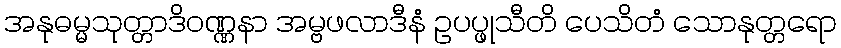
အနုဓမ္မသုတ္တာဒိဝဏ္ဏနာ အမ္ဗဖလာဒီနံ ဥပပ္ဖုသီတိ ပေသိတံ သောနုတ္တရော